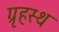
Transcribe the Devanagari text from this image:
ग्रृहस्थ